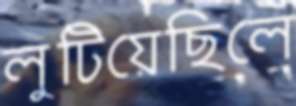
লুটিয়েছিলে